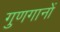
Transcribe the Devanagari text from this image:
गुणगानों